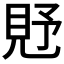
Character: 𧠐